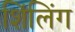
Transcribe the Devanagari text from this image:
शिंलिंग